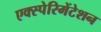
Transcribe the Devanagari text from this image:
एक्स्पेरिमेंटेशन